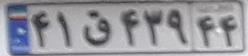
۴۱ق۴۳۹۴۴